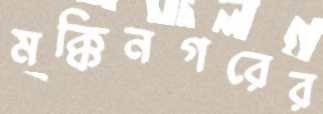
মক্কিনগরের